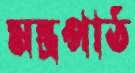
মন্ত্রপাঠ